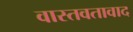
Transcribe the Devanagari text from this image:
वास्तवतावाद